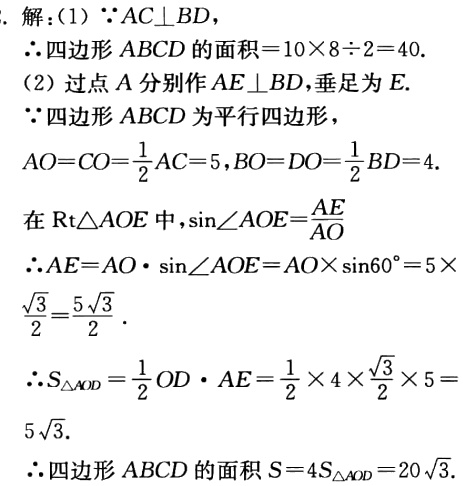
解：

(1) $\because AC\perp BD$，

$\therefore$四边形$ABCD$的面积$ = 10\times8\div2 = 40$.

(2) 过点$A$分别作$AE\perp BD$，垂足为$E$.

$\because$四边形$ABCD$为平行四边形，

$AO = CO=\frac{1}{2}AC = 5$，$BO = DO=\frac{1}{2}BD = 4$.

在$\mathrm{Rt}\triangle AOE$中，$\sin\angle AOE=\frac{AE}{AO}$

$\therefore AE = AO\cdot\sin\angle AOE=AO\times\sin60^{\circ}=5\times\frac{\sqrt{3}}{2}=\frac{5\sqrt{3}}{2}$.

$\therefore S_{\triangle AOD}=\frac{1}{2}OD\cdot AE=\frac{1}{2}\times4\times\frac{\sqrt{3}}{2}\times5 = 5\sqrt{3}$.

$\therefore$四边形$ABCD$的面积$S = 4S_{\triangle AOD}=20\sqrt{3}$.